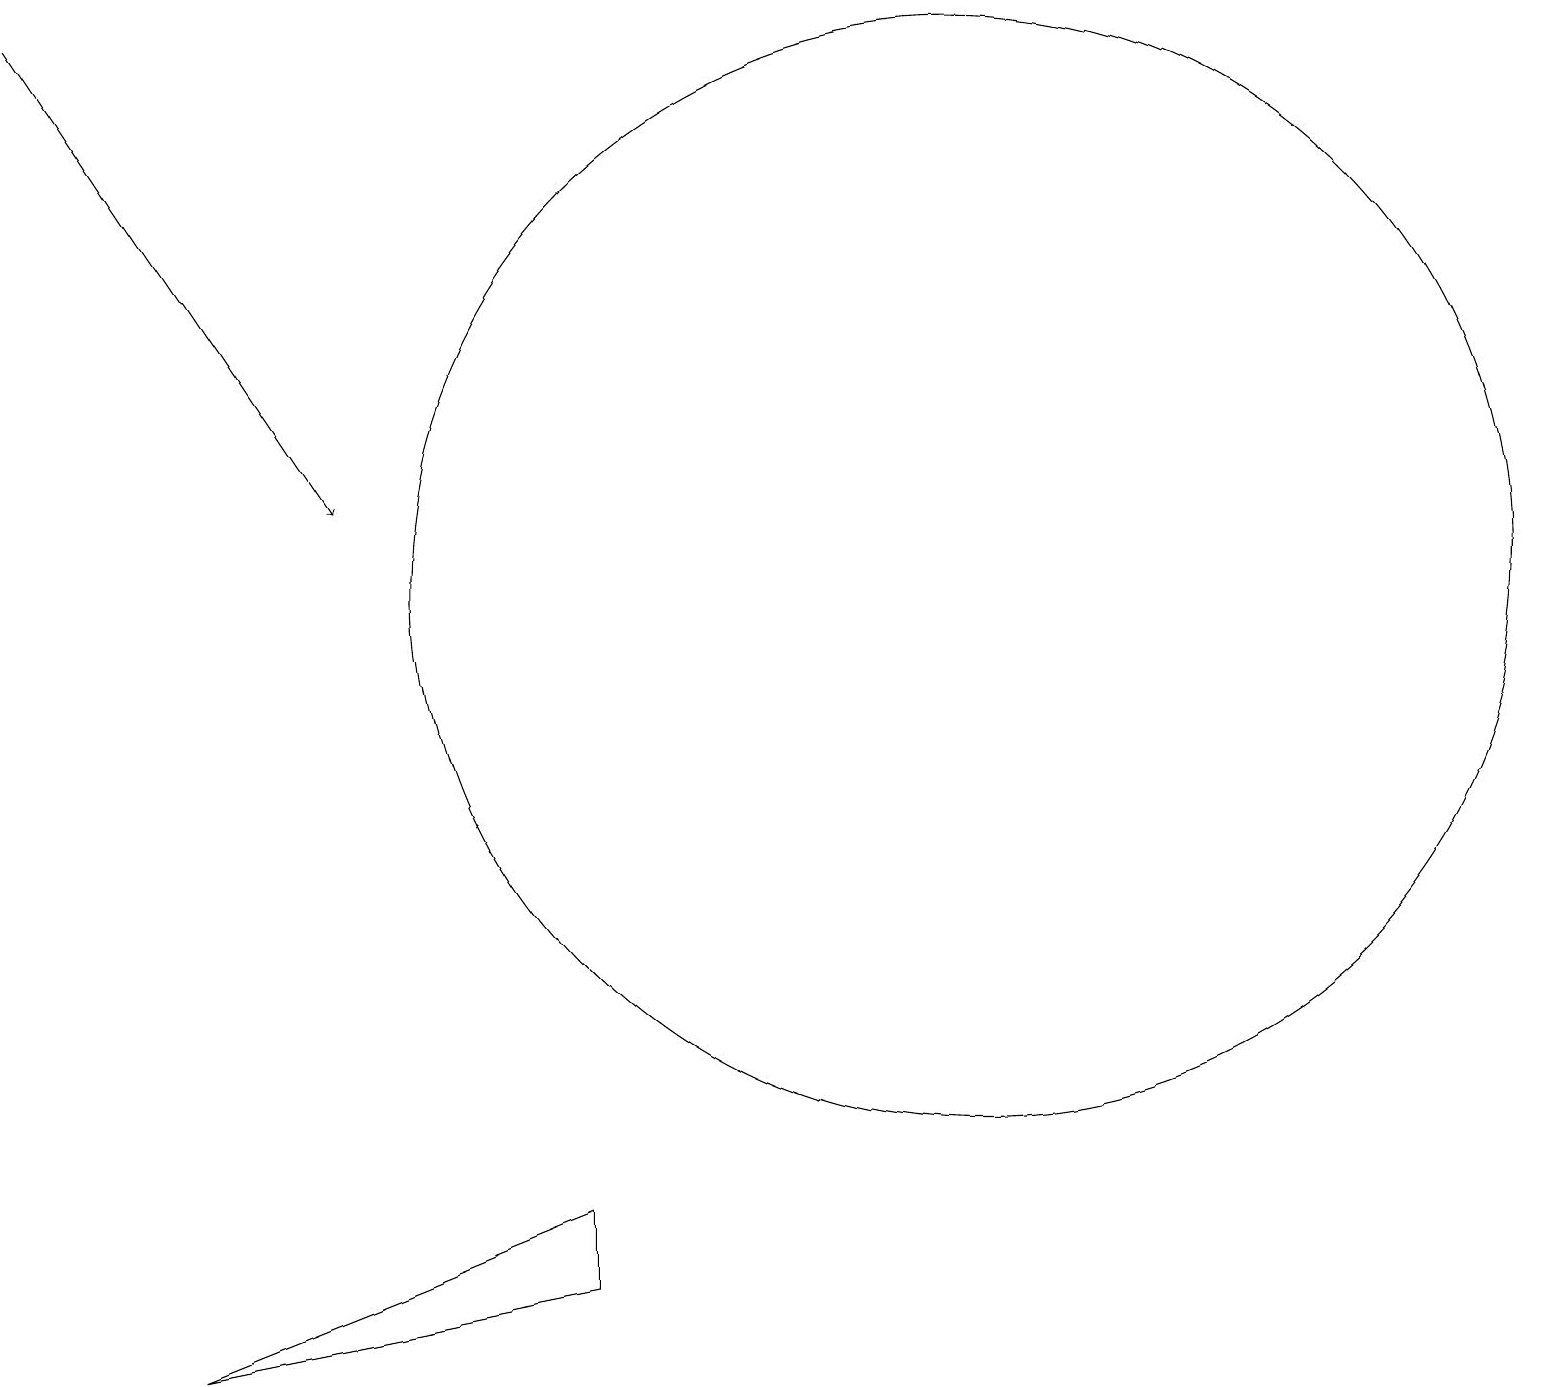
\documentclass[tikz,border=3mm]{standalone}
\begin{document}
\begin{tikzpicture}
\draw[->] (0,17) -- (4,11);
\draw (7,2) -- (7,1) -- (2,0) -- cycle;
\draw (12,10) circle (7);
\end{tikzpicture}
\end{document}